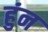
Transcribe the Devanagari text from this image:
हुंन